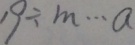
1 9 \div m \cdots a